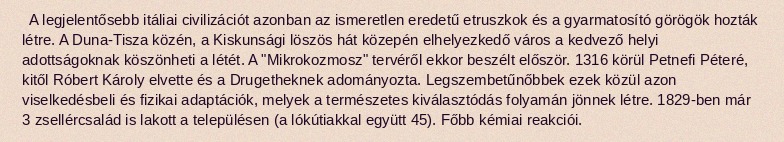
A legjelentősebb itáliai civilizációt azonban az ismeretlen eredetű etruszkok és a gyarmatosító görögök hozták létre. A Duna-Tisza közén, a Kiskunsági löszös hát közepén elhelyezkedő város a kedvező helyi adottságoknak köszönheti a létét. A "Mikrokozmosz" tervéről ekkor beszélt először. 1316 körül Petnefi Péteré, kitől Róbert Károly elvette és a Drugetheknek adományozta. Legszembetűnőbbek ezek közül azon viselkedésbeli és fizikai adaptációk, melyek a természetes kiválasztódás folyamán jönnek létre. 1829-ben már 3 zsellércsalád is lakott a településen (a lókútiakkal együtt 45). Főbb kémiai reakciói.